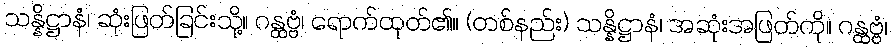
သန္နိဋ္ဌာနံ၊ ဆုံးဖြတ်ခြင်းသို့။ ဂန္ထဗ္ဗံ၊ ရောက်ထုတ်၏။ (တစ်နည်း) သန္နိဋ္ဌာနံ၊ အဆုံးအဖြတ်ကို။ ဂန္ထဗ္ဗံ၊